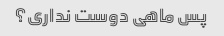
پس ماهی دوست نداری؟